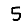
Digit: 5